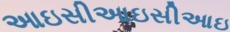
આઇસીઆઇસીઆઇ